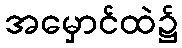
အမှောင်ထဲ၌